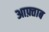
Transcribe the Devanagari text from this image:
आफ़्ताब